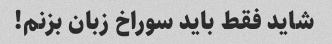
شاید فقط باید سوراخ زبان بزنم!